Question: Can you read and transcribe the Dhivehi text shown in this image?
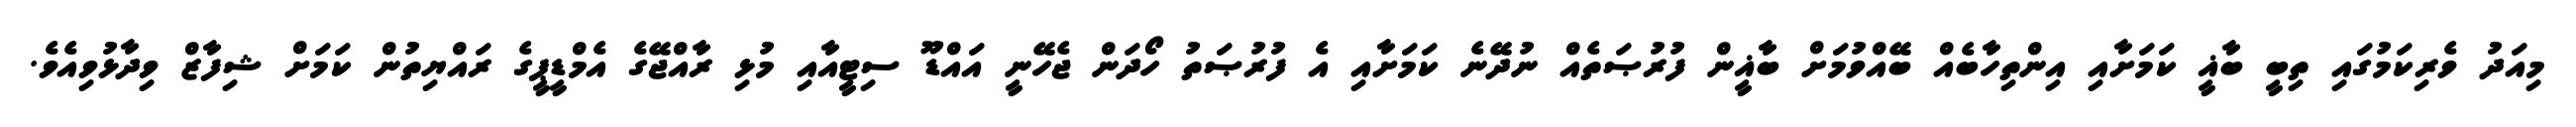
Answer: މިއަދު ވެރިކަމުގައި ތިބީ ބާޣީ ކަމަށާއި އިންތިހާބެއް ބޭއްވުމަށް ބާޣީން ފުރުޞަތެއް ނުދޭނެ ކަމަށާއި އެ ފުރުޞަތު ހޯދަން ޖެހޭނީ އައްޑޫ ސިޓީއާއި މުޅި ރާއްޖޭގެ އެމްޑީޕީގެ ރައްޔިތުން ކަމަށް ޝިފާޒް ވިދާޅުވިއެވެ.